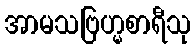
အာမသဗြဟ္မစာရီသု